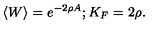
\langle W \rangle = e ^ { - 2 \rho A } ; K _ { F } = 2 \rho .